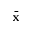
\bar { \bf x }